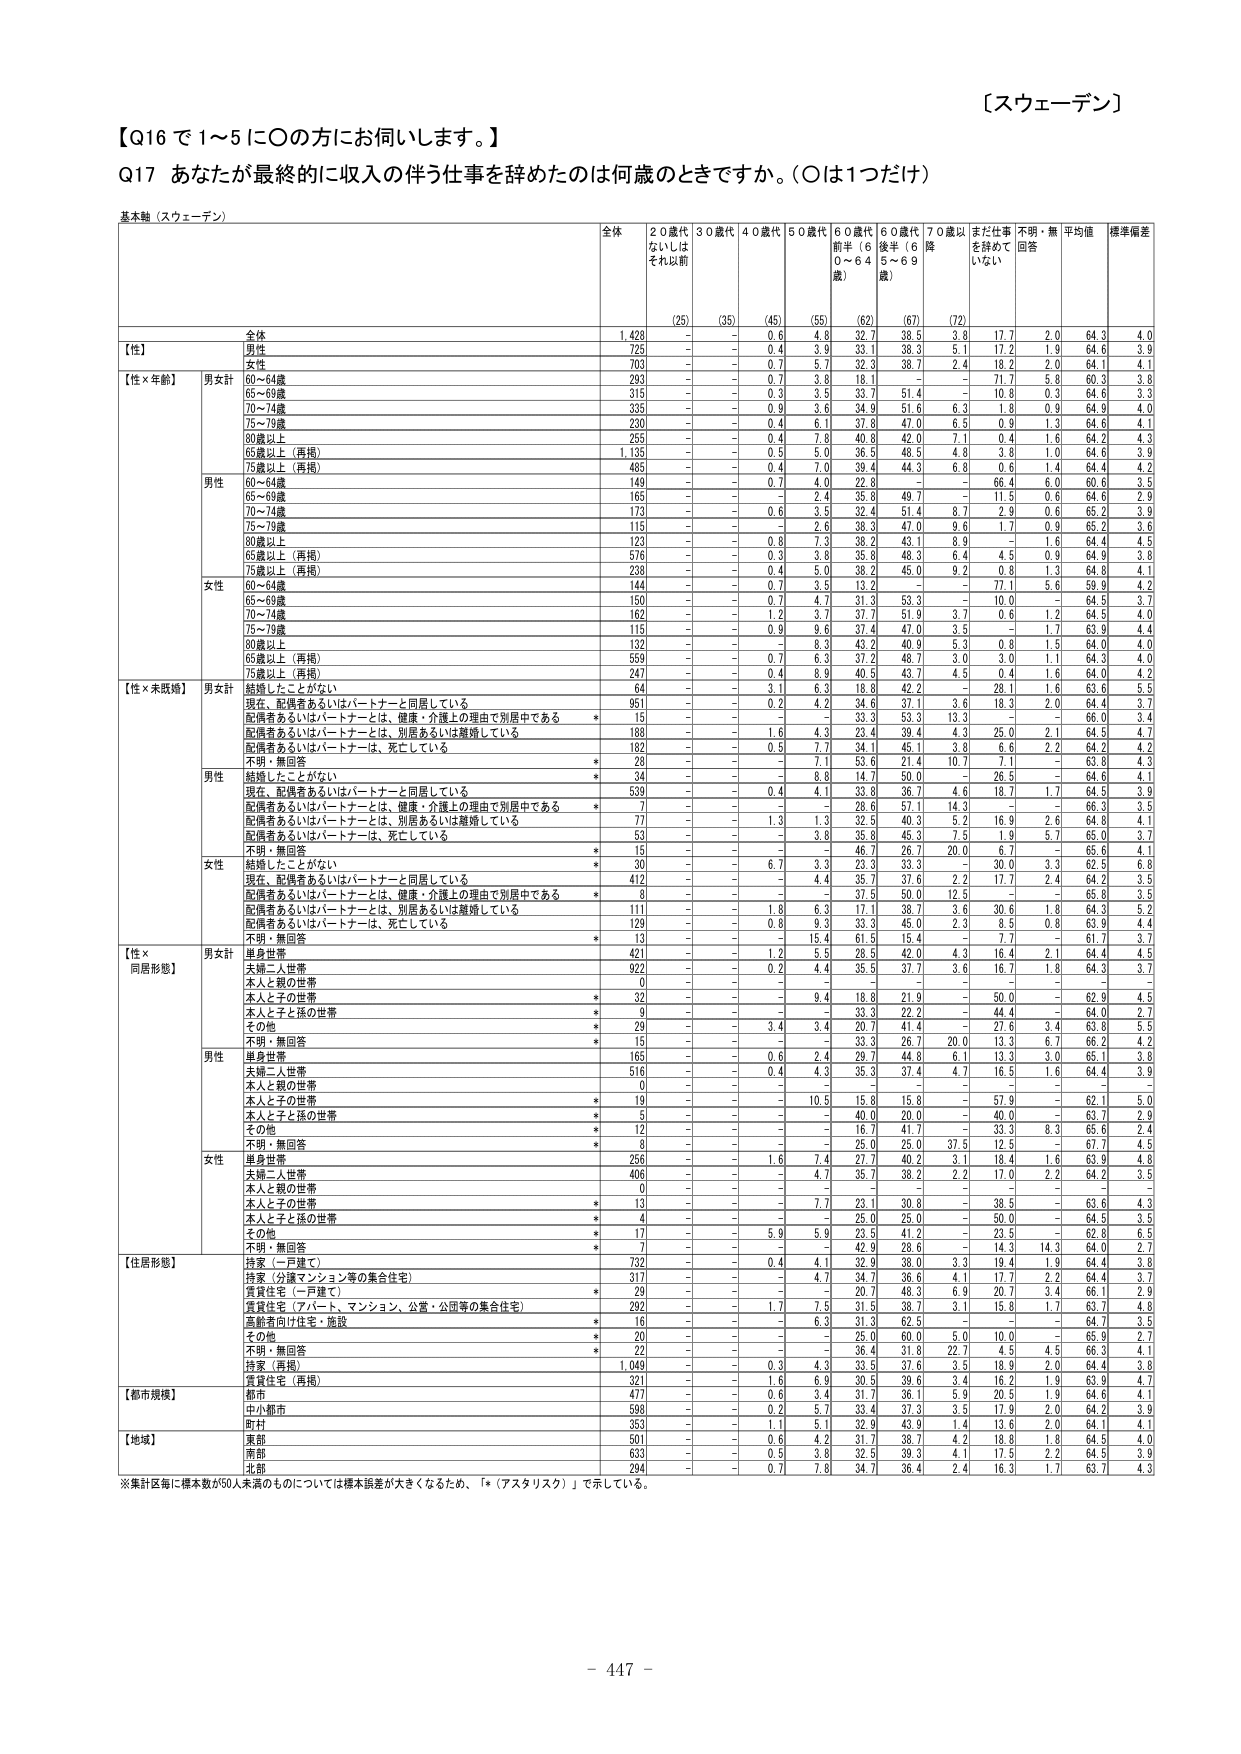
【スウェーデン】

【Q16 で 1～5 に〇の方にお伺いします。】

Q17 あなたが最終的に収入の伴う仕事を辞めたのは何歳のときですか。（〇は1つだけ）

基本軸（スウェーデン）

全体　　20歳代　30歳代　40歳代　50歳代　60歳代　60歳代　70歳以　まだ仕事　不明・無　平均値　標準偏差
　　　　ないしは　　　　　前半（6　後半（6　降　　　を辞めて　回答　　　　　　
　　　　それ以前　　　　0～64　　5～69　　歳）　　　いない

【性】
全体　　　1,428　　-　　-　　0.6　　4.8　　32.7　　38.5　　3.8　　17.7　　2.0　　64.3　　4.0
男性　　　725　　-　　-　　0.4　　3.9　　33.1　　38.3　　5.1　　17.2　　1.9　　64.6　　3.9
女性　　　703　　-　　-　　0.7　　5.7　　32.3　　38.7　　2.4　　18.2　　2.0　　64.1　　4.1

【性×年齢】
男女計
60～64歳　　293　　-　　-　　0.7　　3.8　　18.1　　-　　-　　71.7　　5.8　　60.3　　3.8
65～69歳　　315　　-　　-　　0.3　　3.5　　33.7　　51.4　　-　　10.8　　0.3　　64.6　　3.3
70～74歳　　335　　-　　-　　0.9　　3.6　　34.9　　51.6　　6.3　　1.8　　0.9　　64.9　　4.0
75～79歳　　230　　-　　-　　0.4　　6.1　　37.8　　47.0　　6.5　　0.9　　1.3　　64.6　　4.1
80歳以上　　255　　-　　-　　0.4　　7.8　　40.8　　42.0　　7.1　　0.4　　1.6　　64.2　　4.3
65歳以上（再掲）　1,125　　-　　-　　0.5　　5.0　　36.5　　48.5　　4.8　　3.8　　1.0　　64.6　　3.9
75歳以上（再掲）　485　　-　　-　　0.4　　7.0　　39.4　　44.3　　6.8　　0.6　　1.4　　64.4　　4.2

男性
60～64歳　　149　　-　　-　　0.7　　4.0　　22.8　　-　　-　　66.4　　6.0　　60.6　　3.5
65～69歳　　165　　-　　-　　-　　2.4　　35.8　　49.7　　-　　11.5　　0.6　　64.6　　2.9
70～74歳　　173　　-　　-　　0.6　　3.5　　32.4　　51.4　　8.7　　2.9　　0.6　　65.2　　3.9
75～79歳　　115　　-　　-　　-　　2.6　　38.3　　47.0　　9.6　　1.7　　0.9　　65.2　　3.6
80歳以上　　123　　-　　-　　0.8　　7.3　　28.2　　43.1　　9.9　　-　　1.6　　64.4　　4.7
65歳以上（再掲）　576　　-　　-　　0.3　　3.8　　35.8　　48.3　　6.4　　4.5　　0.9　　64.9　　3.8
75歳以上（再掲）　238　　-　　-　　0.4　　5.0　　38.2　　45.0　　9.2　　0.8　　1.3　　64.8　　4.1

女性
60～64歳　　144　　-　　-　　0.7　　3.5　　13.2　　-　　-　　77.1　　5.6　　59.9　　4.2
65～69歳　　150　　-　　-　　0.7　　4.7　　31.3　　53.3　　-　　10.0　　-　　64.5　　3.7
70～74歳　　162　　-　　-　　1.2　　3.7　　37.7　　51.9　　3.7　　0.6　　1.2　　64.5　　4.0
75～79歳　　115　　-　　-　　0.9　　9.6　　37.4　　47.0　　3.5　　-　　1.7　　63.9　　4.4
80歳以上　　132　　-　　-　　-　　8.3　　43.2　　40.9　　5.3　　0.8　　1.5　　64.0　　4.0
65歳以上（再掲）　559　　-　　-　　0.7　　6.3　　37.2　　48.7　　3.0　　3.0　　1.1　　64.3　　4.0
75歳以上（再掲）　247　　-　　-　　0.4　　8.9　　40.5　　43.7　　4.5　　0.4　　1.6　　64.0　　4.2

【性×未婚既婚】
男女計
結婚したことがない　　64　　-　　-　　3.1　　6.3　　18.8　　42.2　　-　　28.1　　1.6　　63.6　　5.5
現在、配偶者あるいはパートナーと同居している　　951　　-　　-　　0.2　　4.2　　34.6　　37.1　　3.6　　18.3　　2.0　　64.4　　3.7
配偶者あるいはパートナーとは、健康・介護上の理由で別居中である　　*　　-　　-　　-　　-　　53.3　　53.3　　13.3　　-　　-　　66.0　　3.4
配偶者あるいはパートナーとは、別居あるいは離婚している　　183　　-　　-　　1.6　　4.3　　28.4　　39.4　　4.3　　25.0　　2.1　　64.5　　4.7
配偶者あるいはパートナーは、死亡している　　182　　-　　-　　0.5　　7.7　　34.1　　45.1　　3.8　　6.6　　2.2　　64.2　　4.2
不明・無回答　　*　　28　　-　　-　　-　　7.1　　53.6　　21.4　　10.7　　7.1　　63.8　　4.3

男性
結婚したことがない　　*　　34　　-　　-　　8.8　　14.7　　50.0　　-　　26.5　　-　　64.6　　4.1
現在、配偶者あるいはパートナーと同居している　　539　　-　　-　　0.4　　4.1　　33.8　　36.7　　4.6　　18.7　　1.7　　64.5　　3.9
配偶者あるいはパートナーとは、健康・介護上の理由で別居中である　　*　　7　　-　　-　　-　　28.6　　57.1　　14.3　　-　　-　　66.3　　3.5
配偶者あるいはパートナーとは、別居あるいは離婚している　　77　　-　　-　　1.3　　1.3　　32.5　　40.3　　5.2　　16.9　　2.6　　64.8　　4.1
配偶者あるいはパートナーは、死亡している　　53　　-　　-　　-　　3.8　　35.8　　45.3　　7.5　　1.9　　5.7　　65.0　　3.7
不明・無回答　　*　　15　　-　　-　　-　　46.7　　26.7　　20.0　　6.7　　-　　65.6　　4.1

女性
結婚したことがない　　*　　30　　-　　-　　6.7　　3.3　　23.3　　33.3　　-　　30.0　　3.3　　62.5　　6.8
現在、配偶者あるいはパートナーと同居している　　412　　-　　-　　-　　4.4　　35.7　　37.6　　2.2　　17.7　　2.4　　64.2　　3.5
配偶者あるいはパートナーとは、健康・介護上の理由で別居中である　　*　　8　　-　　-　　-　　37.6　　50.0　　12.5　　-　　-　　65.8　　3.5
配偶者あるいはパートナーとは、別居あるいは離婚している　　111　　-　　-　　1.8　　6.3　　17.1　　38.7　　3.6　　30.6　　1.8　　64.3　　5.2
配偶者あるいはパートナーは、死亡している　　129　　-　　-　　0.8　　9.3　　33.3　　45.0　　2.3　　8.5　　0.8　　63.9　　4.4
不明・無回答　　*　　13　　-　　-　　-　　15.4　　61.5　　15.4　　-　　7.7　　61.7　　3.7

【性×同居形態】
男女計
単身世帯　　421　　-　　-　　1.2　　5.5　　28.5　　42.0　　4.3　　16.4　　2.1　　64.4　　4.5
夫婦二人世帯　　922　　-　　-　　0.2　　4.4　　35.5　　37.7　　3.6　　16.7　　1.8　　64.3　　3.7
本人と親の世帯　　0　　-　　-　　-　　-　　-　　-　　-　　-　　-　　-　　-
本人と子の世帯　　*　　32　　-　　-　　-　　9.4　　18.8　　21.9　　-　　50.0　　-　　62.9　　4.5
本人と子と孫の世帯　　*　　9　　-　　-　　-　　33.3　　22.2　　-　　44.4　　-　　64.0　　2.7
その他　　*　　29　　-　　-　　3.4　　3.4　　20.7　　41.4　　-　　27.6　　3.4　　63.8　　5.5
不明・無回答　　*　　15　　-　　-　　-　　33.3　　26.7　　20.0　　13.3　　6.7　　66.2　　4.2

男性
単身世帯　　165　　-　　-　　0.6　　2.4　　29.7　　44.8　　6.1　　13.3　　3.0　　65.1　　3.8
夫婦二人世帯　　516　　-　　-　　0.4　　4.3　　35.3　　37.4　　4.7　　16.5　　1.6　　64.4　　3.9
本人と親の世帯　　0　　-　　-　　-　　-　　-　　-　　-　　-　　-　　-　　-
本人と子の世帯　　*　　19　　-　　-　　-　　10.5　　15.8　　15.8　　-　　57.9　　-　　62.1　　5.0
本人と子と孫の世帯　　*　　5　　-　　-　　-　　40.0　　20.0　　-　　40.0　　-　　63.7　　2.9
その他　　*　　12　　-　　-　　-　　16.7　　41.7　　-　　33.3　　8.3　　65.6　　2.4
不明・無回答　　*　　8　　-　　-　　-　　25.0　　25.0　　37.5　　12.5　　-　　67.7　　4.5

女性
単身世帯　　256　　-　　-　　1.6　　7.4　　27.7　　40.2　　3.1　　18.4　　1.6　　63.9　　4.8
夫婦二人世帯　　406　　-　　-　　-　　4.7　　35.7　　38.2　　2.2　　17.0　　2.2　　64.2　　3.5
本人と親の世帯　　0　　-　　-　　-　　-　　-　　-　　-　　-　　-　　-　　-
本人と子の世帯　　*　　13　　-　　-　　7.7　　23.1　　30.8　　-　　38.5　　-　　63.6　　4.3
本人と子と孫の世帯　　*　　4　　-　　-　　-　　25.0　　25.0　　-　　50.0　　-　　64.5　　3.5
その他　　*　　17　　-　　-　　5.9　　5.9　　23.5　　41.2　　-　　23.5　　-　　62.8　　6.5
不明・無回答　　*　　7　　-　　-　　-　　42.9　　28.6　　-　　14.3　　14.3　　64.0　　2.7

【住居形態】
持家（一戸建て）　　732　　-　　-　　0.4　　4.1　　32.9　　38.0　　3.3　　19.4　　1.9　　64.4　　3.8
持家（分譲マンション等の集合住宅）　　317　　-　　-　　-　　4.7　　34.7　　36.6　　4.1　　17.7　　2.2　　64.4　　3.7
賃貸住宅（一戸建て）　　*　　29　　-　　-　　-　　20.7　　48.3　　6.9　　20.7　　3.4　　66.1　　2.9
賃貸住宅（アパート、マンション、公営・公団等の集合住宅）　　292　　-　　-　　1.7　　7.5　　35.5　　38.7　　3.1　　15.8　　1.7　　63.7　　4.4
高齢者向け住宅・施設　　*　　16　　-　　-　　6.3　　31.3　　62.5　　-　　-　　-　　64.7　　3.5
その他　　*　　20　　-　　-　　-　　25.0　　60.0　　5.0　　10.0　　-　　65.9　　2.7
不明・無回答　　*　　22　　-　　-　　-　　36.4　　31.8　　22.7　　4.5　　4.5　　66.3　　4.1
持家（再掲）　　1,049　　-　　-　　0.3　　4.3　　33.5　　37.6　　3.5　　18.9　　2.0　　64.4　　3.8
賃貸住宅（再掲）　　321　　-　　-　　1.6　　6.9　　30.5　　39.6　　3.4　　16.2　　1.9　　63.9　　4.7

【都市規模】
都市　　477　　-　　-　　0.6　　3.4　　31.7　　36.1　　5.9　　20.5　　1.9　　64.6　　4.1
中小都市　　598　　-　　-　　0.2　　5.7　　33.4　　37.3　　3.5　　17.9　　2.0　　64.2　　3.9
町村　　353　　-　　-　　1.1　　5.1　　32.9　　43.9　　1.4　　13.6　　2.0　　64.1　　4.1

【地域】
東部　　501　　-　　-　　0.6　　4.2　　31.7　　38.7　　4.2　　18.8　　1.8　　64.5　　4.0
南部　　633　　-　　-　　0.5　　3.8　　32.5　　39.3　　4.1　　17.5　　2.2　　64.5　　3.9
北部　　294　　-　　-　　0.7　　7.6　　34.7　　36.4　　2.4　　16.3　　1.7　　63.7　　4.3

※集計区毎に標本数が50人未満のものについては標準誤差が大きくなるため、「*（アスタリスク）」で示している。

－ 447 －